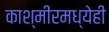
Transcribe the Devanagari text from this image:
काश्मीरमध्येही